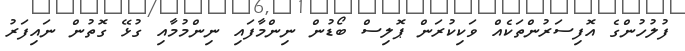
ފުލުހުންގެ އޮފިސަރުންތަކެއް ވަކިކުރަން ޕޮލިސް ބޯޑުން ނިންމާފައި ނިންމުމާއި ގުޅޭ ގޮތުން ނައިފަރު